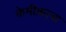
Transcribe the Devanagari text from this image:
केमीक़ल्स